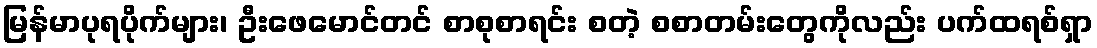
မြန်မာပုရပိုက်များ၊ ဦးဖေမောင်တင် စာစုစာရင်း စတဲ့ စစာတမ်းတွေကိုလည်း ပက်ထရစ်ရှာ